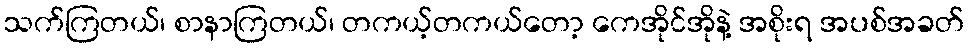
သက်ကြတယ်၊ စာနာကြတယ်၊ တကယ့်တကယ်တော့ ကေအိုင်အိုနဲ့ အစိုးရ အပစ်အခတ်